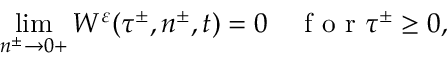
\operatorname* { l i m } _ { n ^ { \pm } \to 0 + } W ^ { \varepsilon } ( \tau ^ { \pm } , n ^ { \pm } , t ) = 0 \quad \textrm { f o r } \tau ^ { \pm } \geq 0 ,